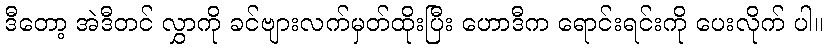
ဒီတော့ အဲဒီတင် လွှာကို ခင်ဗျားလက်မှတ်ထိုးပြီး ဟောဒီက ရောင်းရင်းကို ပေးလိုက် ပါ။